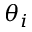
\theta _ { i }